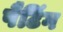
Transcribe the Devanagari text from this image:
पैटिंग